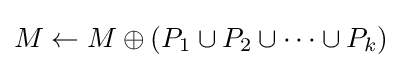
M\leftarrow M\oplus (P_{1}\cup P_{2}\cup \dots \cup P_{k})